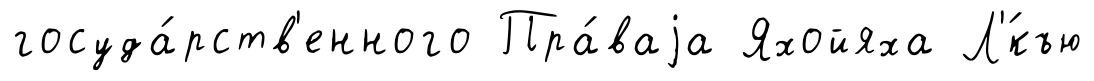
госуда́рств'енного Пра́ваjа Яхойяха Л'́къю